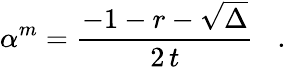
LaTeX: \alpha^{m}=\frac{-1-r-\sqrt{\Delta}}{2\, t}\; \; \; .